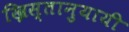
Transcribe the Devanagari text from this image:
ख्रिस्तानुयायी